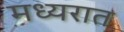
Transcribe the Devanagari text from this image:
मध्यरात